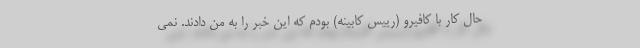
حال کار با کافیرو (رییس کابینه) بودم که این خبر را به من دادند. نمی